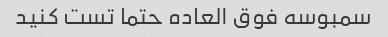
سمبوسه فوق العاده حتما تست کنید